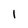
Character: 1